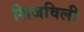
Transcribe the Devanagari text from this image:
शिजविली